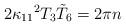
LaTeX: \begin{align*}2\kappa_{11}{}^2 T_3 {\tilde T}_6 =2\pi n\end{align*}